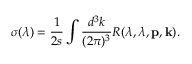
\sigma ( \lambda ) = \frac { 1 } { 2 s } \int \frac { d ^ { 3 } k } { ( 2 \pi ) ^ { 3 } } R ( \lambda , \lambda , { \bf p } , { \bf k } ) .